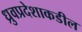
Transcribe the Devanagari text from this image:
ध्रुवप्रदेशाकडील